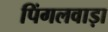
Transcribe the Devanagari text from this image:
पिंगलवाड़ा